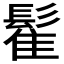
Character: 𲌟